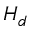
H _ { d }